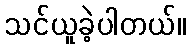
သင်ယူခဲ့ပါတယ်။